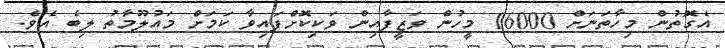
އެގޮތުން މިހާތަނަށް 16000 މީހުން ވަޒީފާއިން ވަކިކޮށްފައިވާ ކަމަށް މައުލޫމާތު ލިބެ އެެވެ.